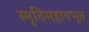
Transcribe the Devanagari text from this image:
स्मृतिसहायभूत